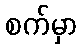
စက်မှာ